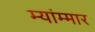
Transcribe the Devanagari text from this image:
म्यांम्मार